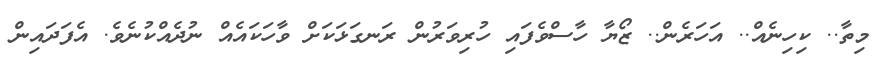
މިތާ.. ކިހިނެއް.. އަހަރެން.. ޒޯޔާ ހާސްވެފައި ހުރިވަރުން ރަނގަޅަކަށް ވާހަކައެއް ނުދެއްކުނެވެ. އެފަދައިން